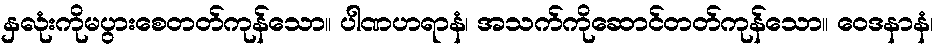
နှလုံးကိုမပွားစေတတ်ကုန်သော။ ပါဏဟရာနံ၊ အသက်ကိုဆောင်တတ်ကုန်သော။ ဝေဒနာနံ၊